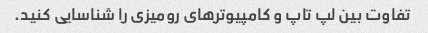
تفاوت بین لپ تاپ و کامپیوترهای رومیزی را شناسایی کنید.